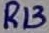
Text: R13